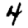
Digit: 4